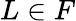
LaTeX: L\in F